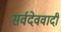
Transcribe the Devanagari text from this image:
सर्वदेववादी